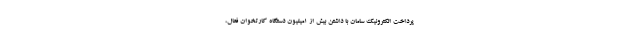
پرداخت الکترونیک سامان با داشتن بیش از 1میلیون دستگاه کارتخوان فعال،